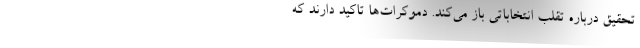
تحقیق درباره تقلب انتخاباتی باز می‌کند. دموکرات‌ها تاکید دارند که